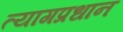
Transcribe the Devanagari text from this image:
त्यागप्रधान